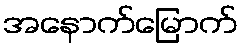
အနောက်မြောက်